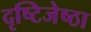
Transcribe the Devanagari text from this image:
दृष्टिजेष्ठा